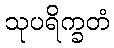
သုပရိက္ခတံ